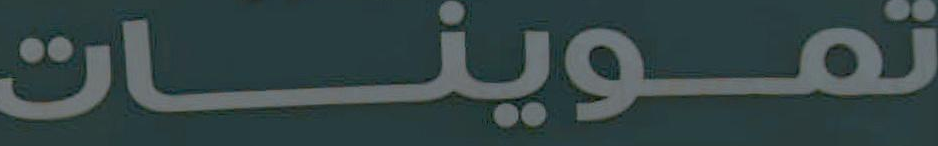
تموينات